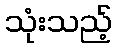
သုံးသည့်